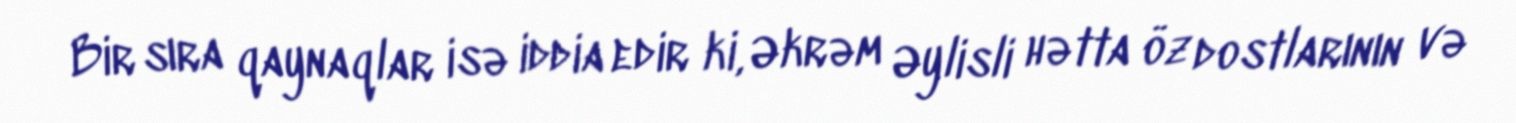
Bir sıra qaynaqlar isə iddia edir ki, Əkrəm Əylisli hətta öz dostlarının və